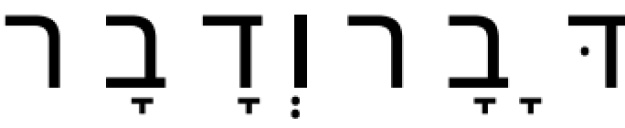
דָּבָר וְדָבָר